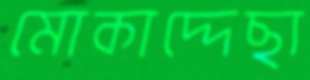
মোকাদ্দেছা